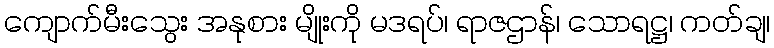
ကျောက်မီးသွေး အနုစား မျိုးကို မဒရပ်၊ ရာဇဌာန်၊ သောရဋ္ဌ၊ ကတ်ချ၊